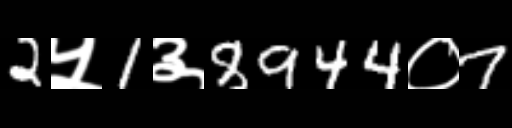
Text: 2५1३8944०7